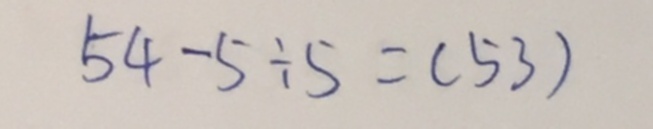
5 4 - 5 \div 5 = ( 5 3 )